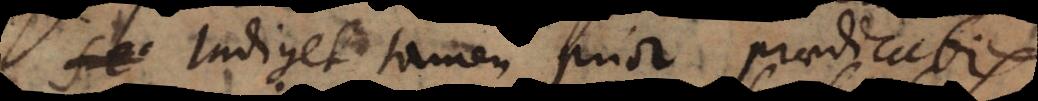
Indiget tamen prior praedicatis